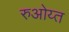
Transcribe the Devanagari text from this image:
रुओय्त